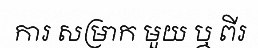
ការ សម្រាក មួយ ឬ ពីរ